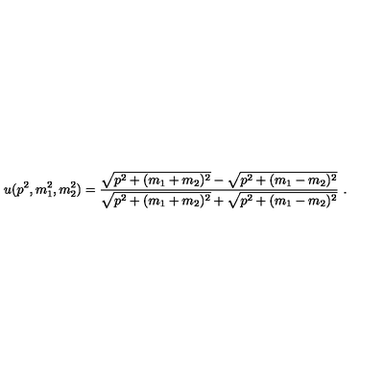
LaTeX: u ( p ^ { 2 } , m _ { 1 } ^ { 2 } , m _ { 2 } ^ { 2 } ) = \frac { \sqrt { p ^ { 2 } + ( m _ { 1 } + m _ { 2 } ) ^ { 2 } } - \sqrt { p ^ { 2 } + ( m _ { 1 } - m _ { 2 } ) ^ { 2 } } } { \sqrt { p ^ { 2 } + ( m _ { 1 } + m _ { 2 } ) ^ { 2 } } + \sqrt { p ^ { 2 } + ( m _ { 1 } - m _ { 2 } ) ^ { 2 } } } \ .